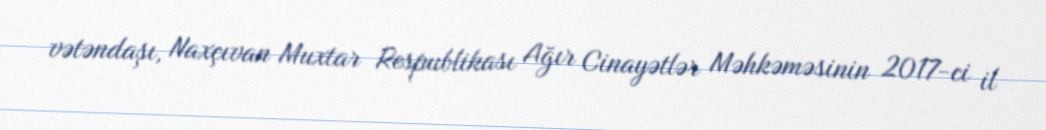
vətəndaşı, Naxçıvan Muxtar Respublikası Ağır Cinayətlər Məhkəməsinin 2017-ci il